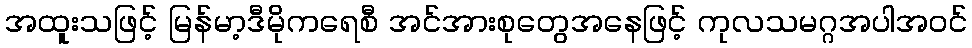
အထူးသဖြင့် မြန်မာ့ဒီမိုကရေစီ အင်အားစုတွေအနေဖြင့် ကုလသမဂ္ဂအပါအဝင်